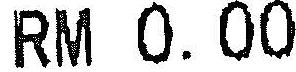
RM 0.00